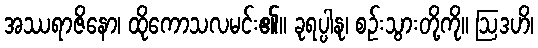
အဿရာဇိနော၊ ထိုကောသလမင်း၏။ ခုရပ္ပါနု၊ စဉ်းသွားတို့ကို။ ဩဒဟိ၊